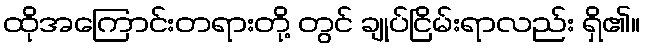
ထိုအကြောင်းတရားတို့ တွင် ချုပ်ငြိမ်းရာလည်း ရှိ၏။